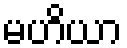
မဟိယာ